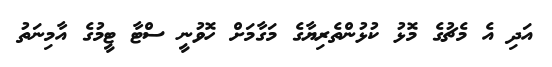
އަދި އެ މެޗުގެ މޮޅު ކުޅުންތެރިޔާގެ މަގާމަށް ހޮވުނީ ސްޓާ ޓީމުުގެ އާމިނަތު